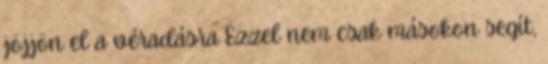
jöjjön el a véradásra Ezzel nem csak másokon segít,